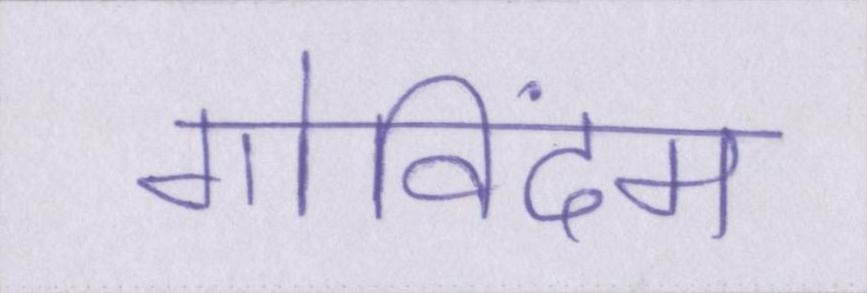
गोविंदम